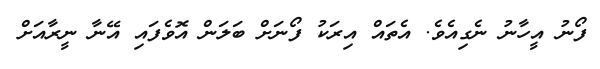
ފޯނު އީހާނު ނެގިއެވެ. އެތައް އިރަކު ފޯނަށް ބަލަން އޮވެފައި އޭނާ ނީރާއަށް